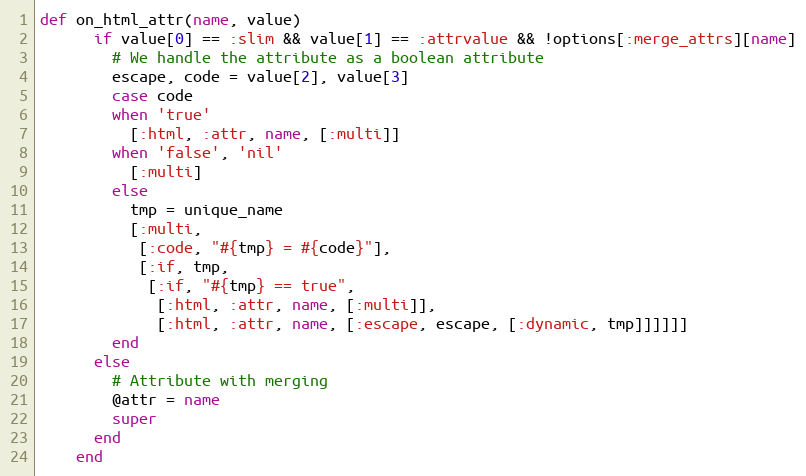
Language: Ruby
def on_html_attr(name, value)
      if value[0] == :slim && value[1] == :attrvalue && !options[:merge_attrs][name]
        # We handle the attribute as a boolean attribute
        escape, code = value[2], value[3]
        case code
        when 'true'
          [:html, :attr, name, [:multi]]
        when 'false', 'nil'
          [:multi]
        else
          tmp = unique_name
          [:multi,
           [:code, "#{tmp} = #{code}"],
           [:if, tmp,
            [:if, "#{tmp} == true",
             [:html, :attr, name, [:multi]],
             [:html, :attr, name, [:escape, escape, [:dynamic, tmp]]]]]]
        end
      else
        # Attribute with merging
        @attr = name
        super
      end
    end